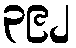
၃၉၂